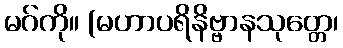
မဂ်ကို။ (မဟာပရိနိဗ္ဗာနသုတ္တေ၊